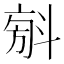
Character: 𣁼